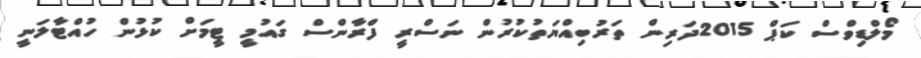
މޯލްޑިވްސް ކަޕް 2015ދަރިން ތަރުބިއްޔަތުކުރުން ނަސްރީ ފްރާންސް ގައުމީ ޓީމަށް ކުޅުން ހުއްޓާލަނީ